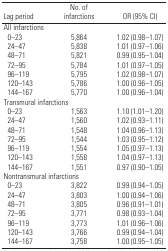
| Lag period | No. of infarctions | OR (95% CI) |
 | --- | --- | --- |
 | <COLSPAN=3> All infarctions |
 | 0–23 | 5,864 | 1.02 (0.98–1.07) |
 | 24–47 | 5,838 | 1.01 (0.97–1.06) |
 | 48–71 | 5,821 | 0.99 (0.95–1.04) |
 | 72–95 | 5,784 | 1.01 (0.97–1.05) |
 | 96–119 | 5,795 | 1.02 (0.98–1.07) |
 | 120–143 | 5,786 | 1.00 (0.96–1.05) |
 | 144–167 | 5,770 | 1.00 (0.96–1.04) |
 | <COLSPAN=3> Transmural infarctions |
 | 0–23 | 1,563 | 1.10 (1.01–1.20) |
 | 24–47 | 1,560 | 1.02 (0.93–1.11) |
 | 48–71 | 1,548 | 1.04 (0.96–1.13) |
 | 72–95 | 1,544 | 1.03 (0.95–1.12) |
 | 96–119 | 1,554 | 1.05 (0.97–1.13) |
 | 120–143 | 1,558 | 1.04 (0.97–1.13) |
 | 144–167 | 1,551 | 0.97 (0.90–1.05) |
 | <COLSPAN=3> Nontransmural infarctions |
 | 0–23 | 3,822 | 0.99 (0.94–1.05) |
 | 24–47 | 3,803 | 1.00 (0.94–1.06) |
 | 48–71 | 3,805 | 0.96 (0.91–1.01) |
 | 72–95 | 3,771 | 0.98 (0.93–1.04) |
 | 96–119 | 3,773 | 1.01 (0.96–1.06) |
 | 120–143 | 3,766 | 0.99 (0.94–1.04) |
 | 144–167 | 3,758 | 1.00 (0.95–1.05) |